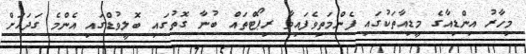
މިހާރު އިންޑިއާގެ މީޑިއާތަކުގައި ފެންމަތިވެފައިވާ ރިޕޯޓްތައް ބުނާ ގޮތުގައި ބޮލީވުޑްގައި އެންމެ ގަދައަށް